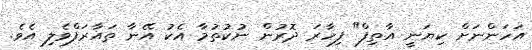
އަހަންނަށް ކިޔަނީ އާތިފް" ފިހާރަ ދޮރުން ނުކުތުމާ އެކު އޭނާ ތައާރަފްވެލި އެވެ.